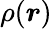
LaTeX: \rho(\boldsymbol{r})